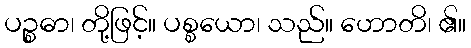
ပဉ္စဓာ၊ တို့ဖြင့်။ ပစ္စယော၊ သည်။ ဟောတိ၊ ၏။